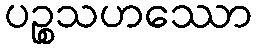
ပဉ္စသဟဿော